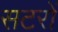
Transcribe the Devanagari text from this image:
सटरों